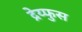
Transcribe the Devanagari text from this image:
द्रेय्फुस